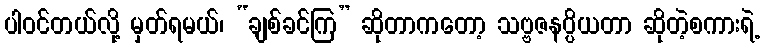
ပါဝင်တယ်လို့ မှတ်ရမယ်၊ “ချစ်ခင်ကြ” ဆိုတာကတော့ သဗ္ဗဇနပ္ပိယတာ ဆိုတဲ့စကားရဲ့